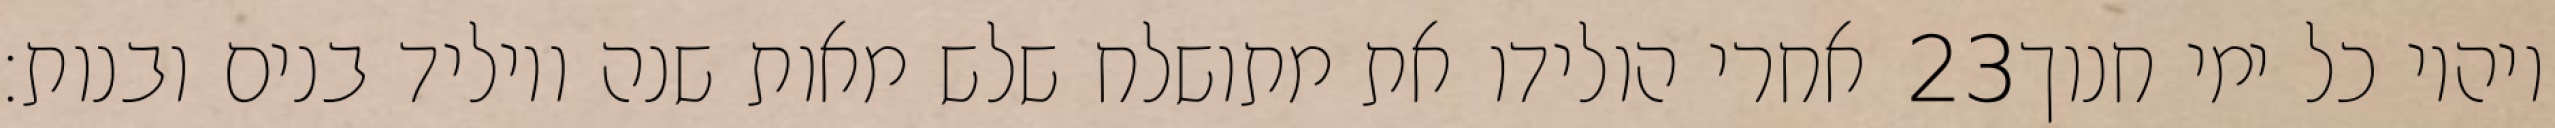
אחרי הולידו את מתושלח שלש מאות שנה ויוליד בנים ובנות׃ ‎23‏ ויהיו כל ימי חנוך